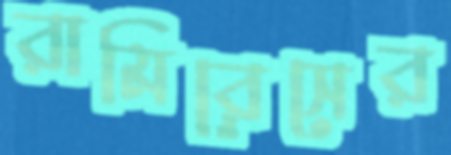
রামিরেসের